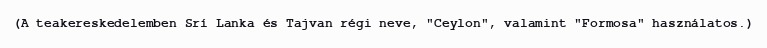
(A teakereskedelemben Srí Lanka és Tajvan régi neve, "Ceylon", valamint "Formosa" használatos.)